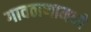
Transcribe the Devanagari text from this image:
गावठाणामध्ये